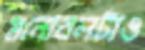
মনোবলটাও